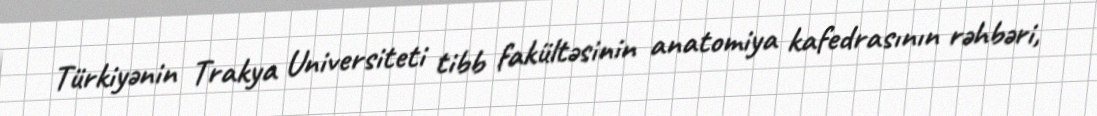
Türkiyənin Trakya Universiteti tibb fakültəsinin anatomiya kafedrasının rəhbəri,